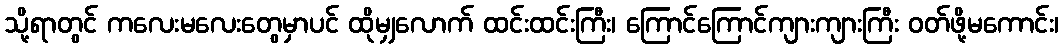
သို့ရာတွင် ကလေးမလေးတွေမှာပင် ထိုမျှလောက် ထင်းထင်းကြီး၊ ကြောင်ကြောင်ကျားကျားကြီး ဝတ်ဖို့မကောင်း၊